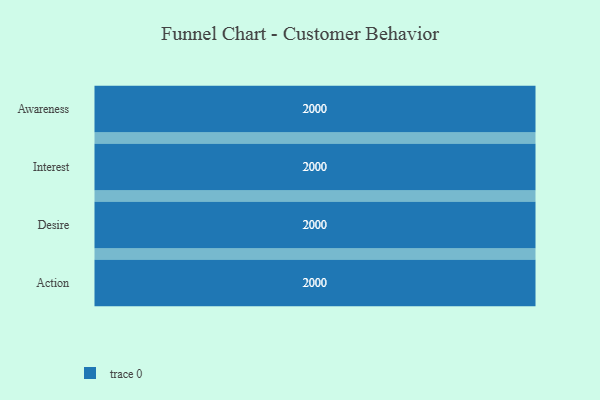
{"axis": {"x": "Stage", "y": "Value"}, "legend": [""], "data": [{"x": "Awareness", "y": 2000, "type": ""}, {"x": "Interest", "y": 2000, "type": ""}, {"x": "Desire", "y": 2000, "type": ""}, {"x": "Action", "y": 2000, "type": ""}]}